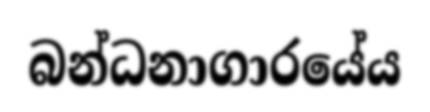
බන්ධනාගාරයේය